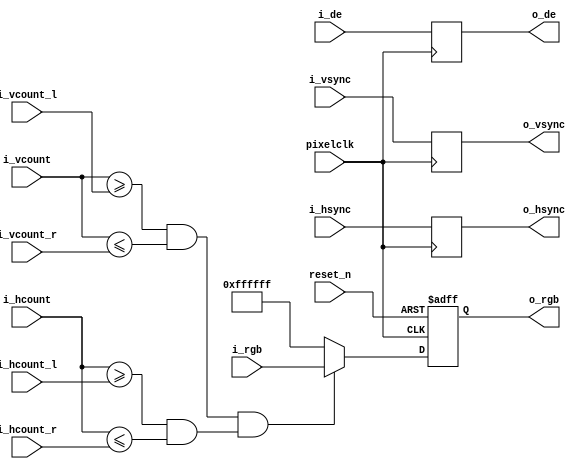
/*************************************************
capture a target
**************************************************/

`timescale 1ns / 1ps
module capture_single(
    input                               pixelclk                   ,
    input                               reset_n                    ,

    input              [  23:0]         i_rgb                      ,
    input                               i_hsync                    ,
    input                               i_vsync                    ,
    input                               i_de                       ,
	   
    input              [  11:0]         i_hcount                   ,
    input              [  11:0]         i_vcount                   ,
	   
    input              [  11:0]         i_hcount_l                 ,
    input              [  11:0]         i_hcount_r                 ,
    input              [  11:0]         i_vcount_l                 ,
    input              [  11:0]         i_vcount_r                 ,
	   
    output             [  23:0]         o_rgb                      ,
    output                              o_hsync                    ,
    output                              o_vsync                    ,
    output                              o_de                        
       );

reg                    [  23:0]         rgb_r                      ;
reg                                     hsync_r                    ;
reg                                     vsync_r                    ;
reg                                     de_r                       ;
       
always @(posedge pixelclk) begin
  hsync_r <= i_hsync;
  vsync_r <= i_vsync;
  de_r    <= i_de;
end

assign o_hsync = hsync_r;
assign o_vsync = vsync_r;
assign o_de    = de_r;
assign o_rgb   = rgb_r;
//-------------------------------------------------------------
// Display
//-------------------------------------------------------------
always @(posedge pixelclk or negedge reset_n) begin
  if(!reset_n)
    rgb_r <= 24'h00000;
  else if ((i_vcount >= i_vcount_l && i_vcount <= i_vcount_r) && (i_hcount >= i_hcount_l && i_hcount <= i_hcount_r))
    rgb_r <= i_rgb;
  else
    rgb_r <= 24'hffffff;
end

endmodule